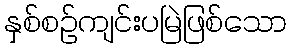
နှစ်စဉ်ကျင်းပမြဲဖြစ်သော